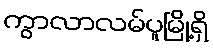
ကွာလာလမ်ပူမြို့ရှိ